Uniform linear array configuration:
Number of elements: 24
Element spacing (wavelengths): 0.25
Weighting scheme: uniform
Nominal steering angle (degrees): -60
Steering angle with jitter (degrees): -61.009
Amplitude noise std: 0.05
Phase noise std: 0.05

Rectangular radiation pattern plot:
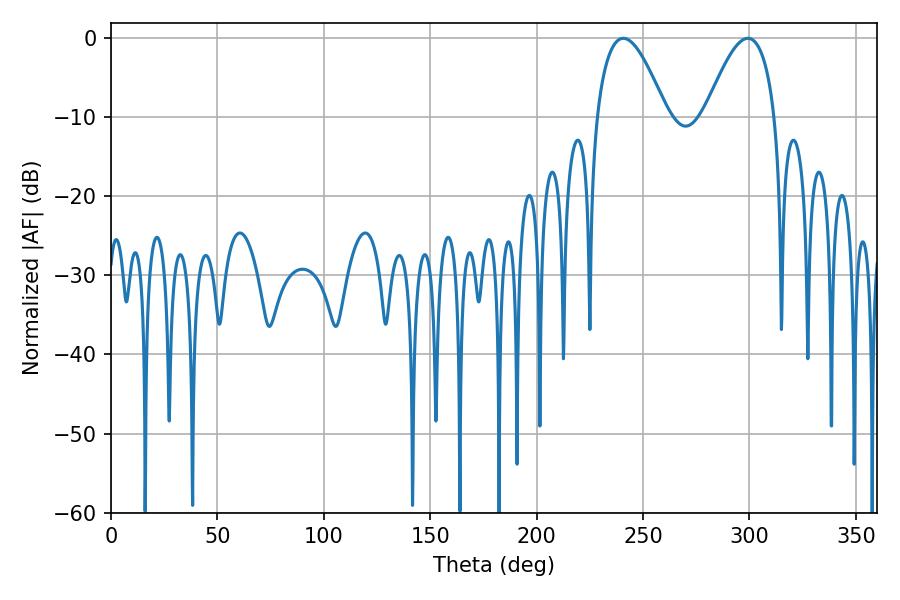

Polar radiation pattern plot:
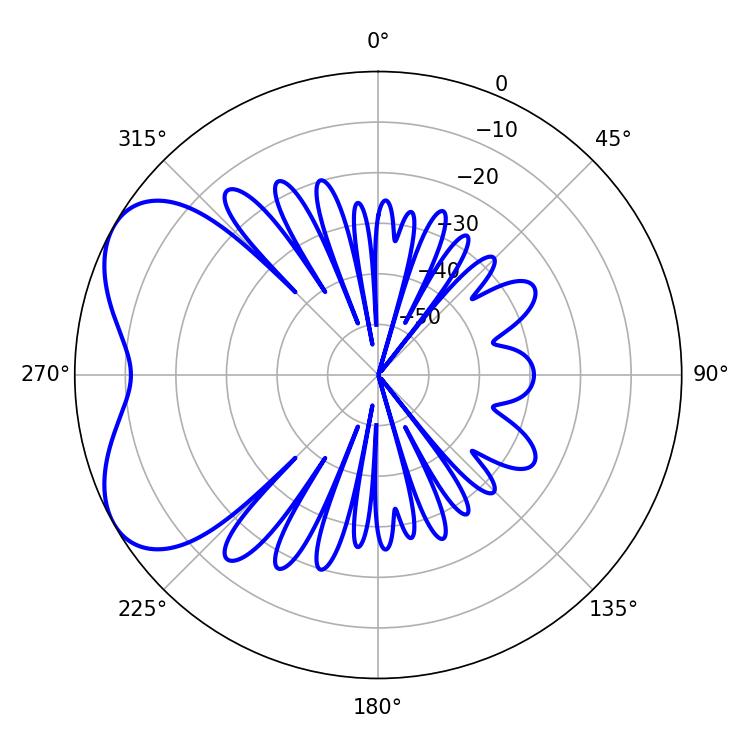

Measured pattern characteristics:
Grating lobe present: FALSE
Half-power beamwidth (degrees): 18
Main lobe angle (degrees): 240.66